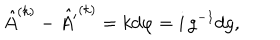
\hat { A } ^ { ( k ) } - \hat { A ^ { \prime } } ^ { ( k ) } = k { d \varphi } = { i } \, g ^ { - 1 } d g ,